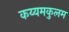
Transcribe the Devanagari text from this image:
कय्यमकुलम